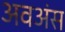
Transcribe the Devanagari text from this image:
अवअंस